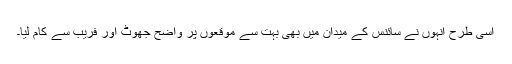
اسی طرح انہوں نے سائنس کے میدان میں بھی بہت سے موقعوں پر واضح جھوٹ اور فریب سے کام لیا۔